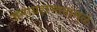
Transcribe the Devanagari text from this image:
जनाग्रहास्तवामुळे